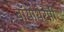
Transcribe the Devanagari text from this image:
बॉयोथेरेपी